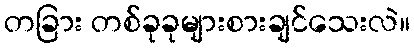
တခြား တစ်ခုခုများစားချင်သေးလဲ။